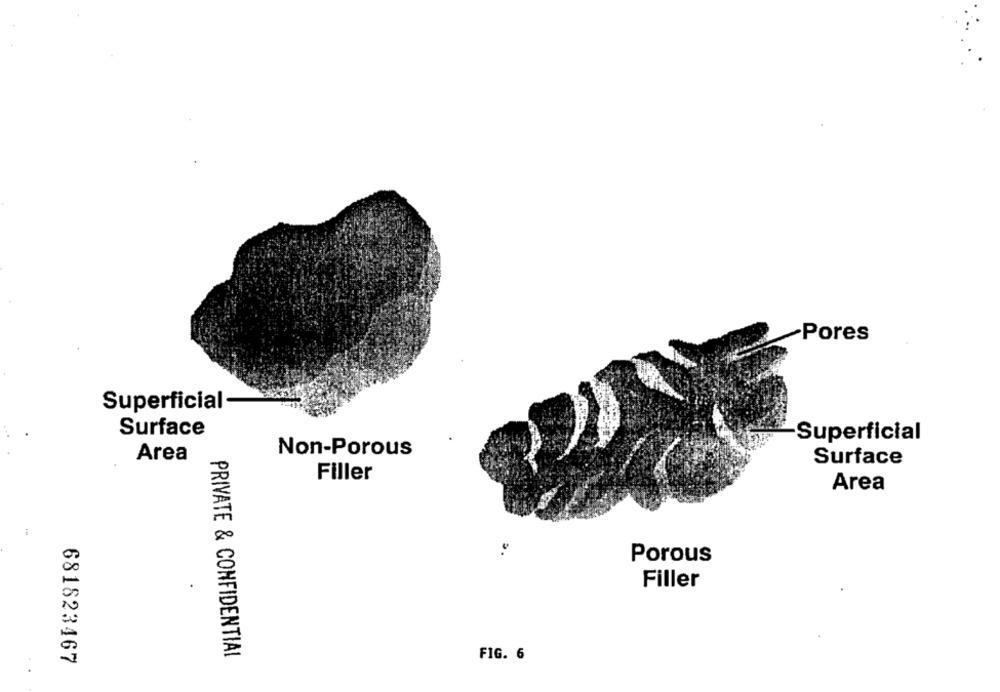
Pores
Superficial
Surface
Superficial
Area
Non-Porous
Surface
Filler
Area
Porous
Filler
PRIVATE & CONFIDENTIAL
FIG. 6
681823467